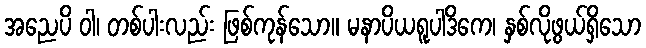
အညေပိ ဝါ၊ တစ်ပါးလည်း ဖြစ်ကုန်သော။ မနာပိယရူပါဒိကေ၊ နှစ်လိုဖွယ်ရှိသော